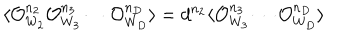
\langle { \cal O } _ { W _ { 2 } } ^ { n _ { 2 } } { \cal O } _ { W _ { 3 } } ^ { n _ { 3 } } \cdots { \cal O } _ { W _ { D } } ^ { n _ { D } } \rangle = d ^ { n _ { 2 } } \langle { \cal O } _ { W _ { 3 } } ^ { n _ { 3 } } \cdots { \cal O } _ { W _ { D } } ^ { n _ { D } } \rangle